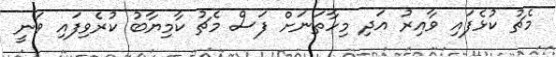
މެޗު ކުޅެފައި ވާއިރު އަދި މިހާތަނަށް ފަސް މެޗު ކާމިޔާބު ކުރެވިފައި ވަނީ